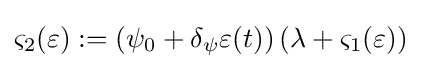
\varsigma _{2}(\varepsilon ):=\left(\psi _{0}+\delta _{\psi }\varepsilon (t)\right)\left(\lambda +\varsigma _{1}(\varepsilon )\right)